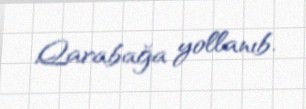
Qarabağa yollanıb.